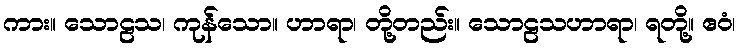
ကား။ သောဠသ၊ ကုန်သော။ ဟာရာ၊ တို့တည်း။ သောဠသဟာရာ၊ ရတို့။ ဧဝံ၊